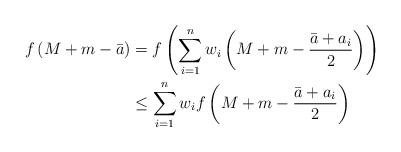
LaTeX: \begin{align*}\begin{aligned} f\left( M+m-\bar{a} \right)&=f\left( \sum\limits_{i=1}^{n}{{{w}_{i}}\left( M+m-\frac{\bar{a}+{{a}_{i}}}{2} \right)} \right) \\ & \le \sum\limits_{i=1}^{n}{{{w}_{i}}f\left( M+m-\frac{\bar{a}+{{a}_{i}}}{2} \right)} \end{aligned}\end{align*}